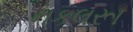
નકલરૂા